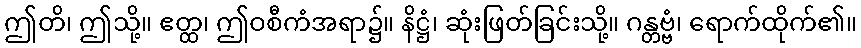
ဤတိ၊ ဤသို့။ ဧတ္ထ၊ ဤဝစီကံအရာ၌။ နိဋ္ဌံ၊ ဆုံးဖြတ်ခြင်းသို့။ ဂန္တဗ္ဗံ၊ ရောက်ထိုက်၏။